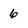
Character: 6